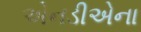
એનડીએના